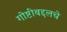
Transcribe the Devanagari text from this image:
गोष्टींबद्दलचे